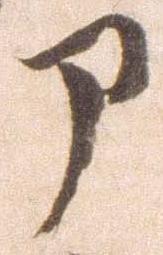
部